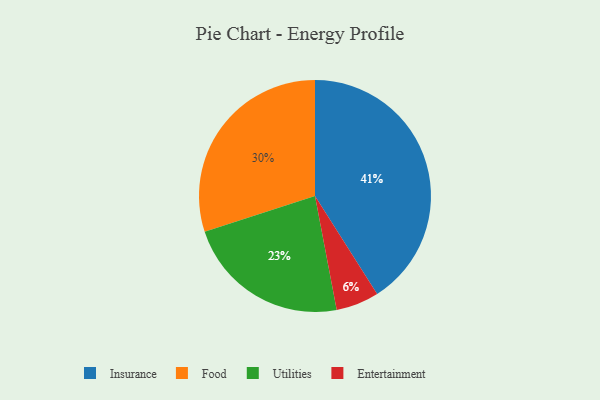
{"axis": {"x": "Category", "y": "Percentage"}, "legend": ["Entertainment", "Food", "Insurance", "Utilities"], "data": [{"x": "Insurance", "y": 41, "type": "Insurance"}, {"x": "Entertainment", "y": 6, "type": "Entertainment"}, {"x": "Food", "y": 30, "type": "Food"}, {"x": "Utilities", "y": 23, "type": "Utilities"}]}